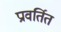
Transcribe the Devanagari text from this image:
प्रावर्तित